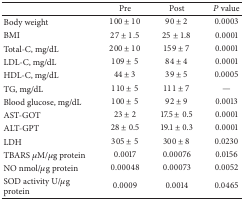
<table><thead><tr><td><b> </b></td><td><b>Pre</b></td><td><b>Post</b></td><td><b><i>P</i> value</b></td></tr></thead><tbody><tr><td>Body weight</td><td>100 ± 10</td><td>90 ± 2</td><td>0.0003</td></tr><tr><td>BMI</td><td>27 ± 1.5</td><td>25 ± 1.8</td><td>0.0001</td></tr><tr><td>Total-C, mg/dL</td><td>200 ± 10</td><td>159 ± 7</td><td>0.0001</td></tr><tr><td>LDL-C, mg/dL</td><td>109 ± 5</td><td>84 ± 4</td><td>0.0001</td></tr><tr><td>HDL-C, mg/dL</td><td>44 ± 3</td><td>39 ± 5</td><td>0.0005</td></tr><tr><td>TG, mg/dL</td><td>110 ± 5</td><td>111 ± 7</td><td>—</td></tr><tr><td>Blood glucose, mg/dL</td><td>100 ± 5</td><td>92 ± 9</td><td>0.0013</td></tr><tr><td>AST-GOT</td><td>23 ± 2</td><td>17.5 ± 0.5</td><td>0.0001</td></tr><tr><td>ALT-GPT</td><td>28 ± 0.5</td><td>19.1 ± 0.3</td><td>0.0001</td></tr><tr><td>LDH</td><td>305 ± 5</td><td>300 ± 8</td><td>0.0230</td></tr><tr><td>TBARS <i>μ</i>M/<i>μ</i>g protein</td><td>0.0017</td><td>0.00076</td><td>0.0156</td></tr><tr><td>NO nmol/<i>μ</i>g protein</td><td>0.00048</td><td>0.00073</td><td>0.0052</td></tr><tr><td>SOD activity U/<i>μ</i>g protein</td><td>0.0009</td><td>0.0014</td><td>0.0465</td></tr></tbody></table>